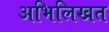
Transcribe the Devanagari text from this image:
अभिलिखत